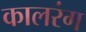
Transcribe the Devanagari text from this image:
कालरंग